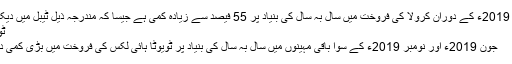
جولائی -نومبر 2019ء کے دوران کرولا کی فروخت میں سال بہ سال کی بنیاد پر 55 فیصد سے زیادہ کمی ہے جیسا کہ مندرجہ ذیل ٹیبل میں دیکھا جا سکتا ہے:
ٹویوٹا ہائی لکس:
جون 2019ء اور نومبر 2019ء کے سوا باقی مہینوں میں سال بہ سال کی بنیاد پر ٹویوٹا ہائی لکس کی فروخت میں بڑی کمی دیکھنے کو ملی۔